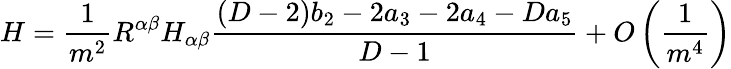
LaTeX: H=\frac{1}{m^{2}}R^{\alpha\beta}H_{\alpha\beta}\frac{(D-2)b_{2}-2a_{3}-2a_{4}-Da_{5}}{D-1}+O\left(\frac{1}{m^{4}}\right)